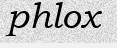
phlox